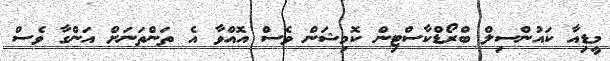
މީޑިއާ ކައުންސިލް ބްރޯޑްކާސްޓިން ކޮމިޝަން ވެސް އޮއްވާ އެ ތަންތަނަށް އަންގާ ވެސް